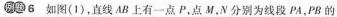
例题6 如图(1)，直线AB上有一点P，点M，N分别为线段PA，PB的